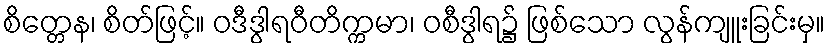
စိတ္တေန၊ စိတ်ဖြင့်။ ဝဒီဒွါရဝီတိက္ကမာ၊ ဝစီဒွါရ၌ ဖြစ်သော လွန်ကျူးခြင်းမှ။